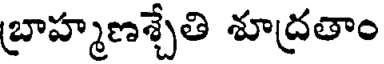
బ్రాహ్మణశ్చేతి శూద్రతాం